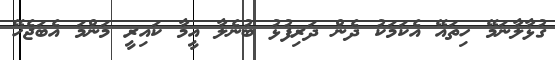
ގުޅާލާނަމޭ ހިތައޭ އެކަމަކު ދެން ދަރިފުޅު ބުނެލާ އީމާ ކައިރީ މަންމަ އެބަޖެހޭ